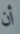
أن